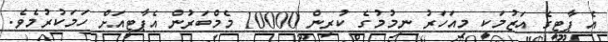
އެ ޕާޓީގެ އަޒުމަކީ މިއަހަރު ނިމުމުގެ ކުރިން 10000 މެމްބަރުން އެޕާޓީއަށް ހަމަކުރުމެވެ.